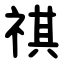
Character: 祺